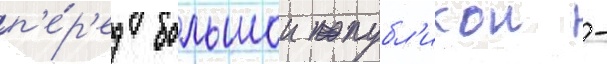
п'е́р'ед большои публ'икои -